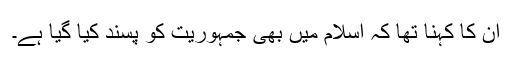
ان کا کہنا تھا کہ اسلام میں بھی جمہوریت کو پسند کیا گیا ہے۔